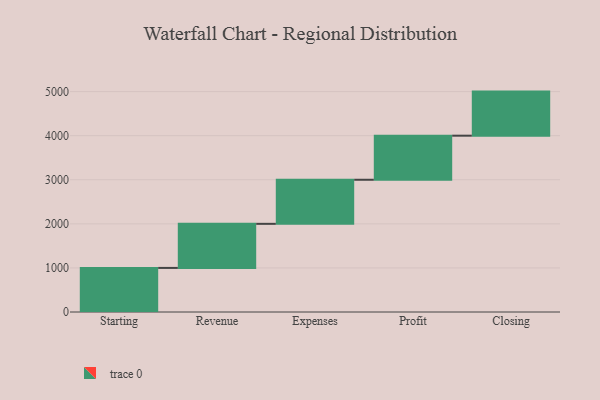
{"axis": {"x": "Step", "y": "Value"}, "legend": [""], "data": [{"x": "Starting", "y": 1000, "type": ""}, {"x": "Revenue", "y": 1000, "type": ""}, {"x": "Expenses", "y": 1000, "type": ""}, {"x": "Profit", "y": 1000, "type": ""}, {"x": "Closing", "y": 1000, "type": ""}]}